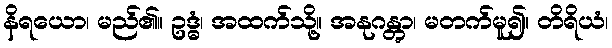
နိရယော၊ မည်၏။ ဥဒ္ဓံ၊ အထက်သို့။ အနုဂန္တွာ၊ မတက်မူ၍။ တိရိယံ၊